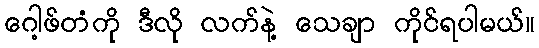
ဂေါ့ဖ်တံကို ဒီလို လက်နဲ့ သေချာ ကိုင်ရပါမယ်။